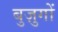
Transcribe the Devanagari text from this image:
बुज़ुगों